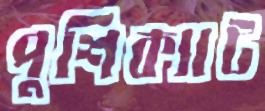
পুশিক্যাট